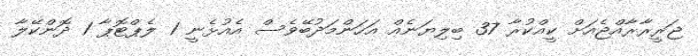
ޖަރީރާރާއްޖެއަށް ކީއްކުރާ 37 ބިލިޔަނެއް އަހަންމަދުބޭވެސް އެއުޅެނީ 1 ލެޕްޓޮޕާ 1 ދޮންކޭލާ